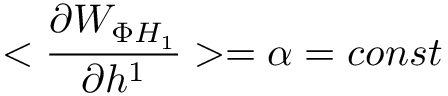
< \frac { \partial W _ { \Phi H _ { 1 } } } { \partial h ^ { 1 } } > = \alpha = c o n s t